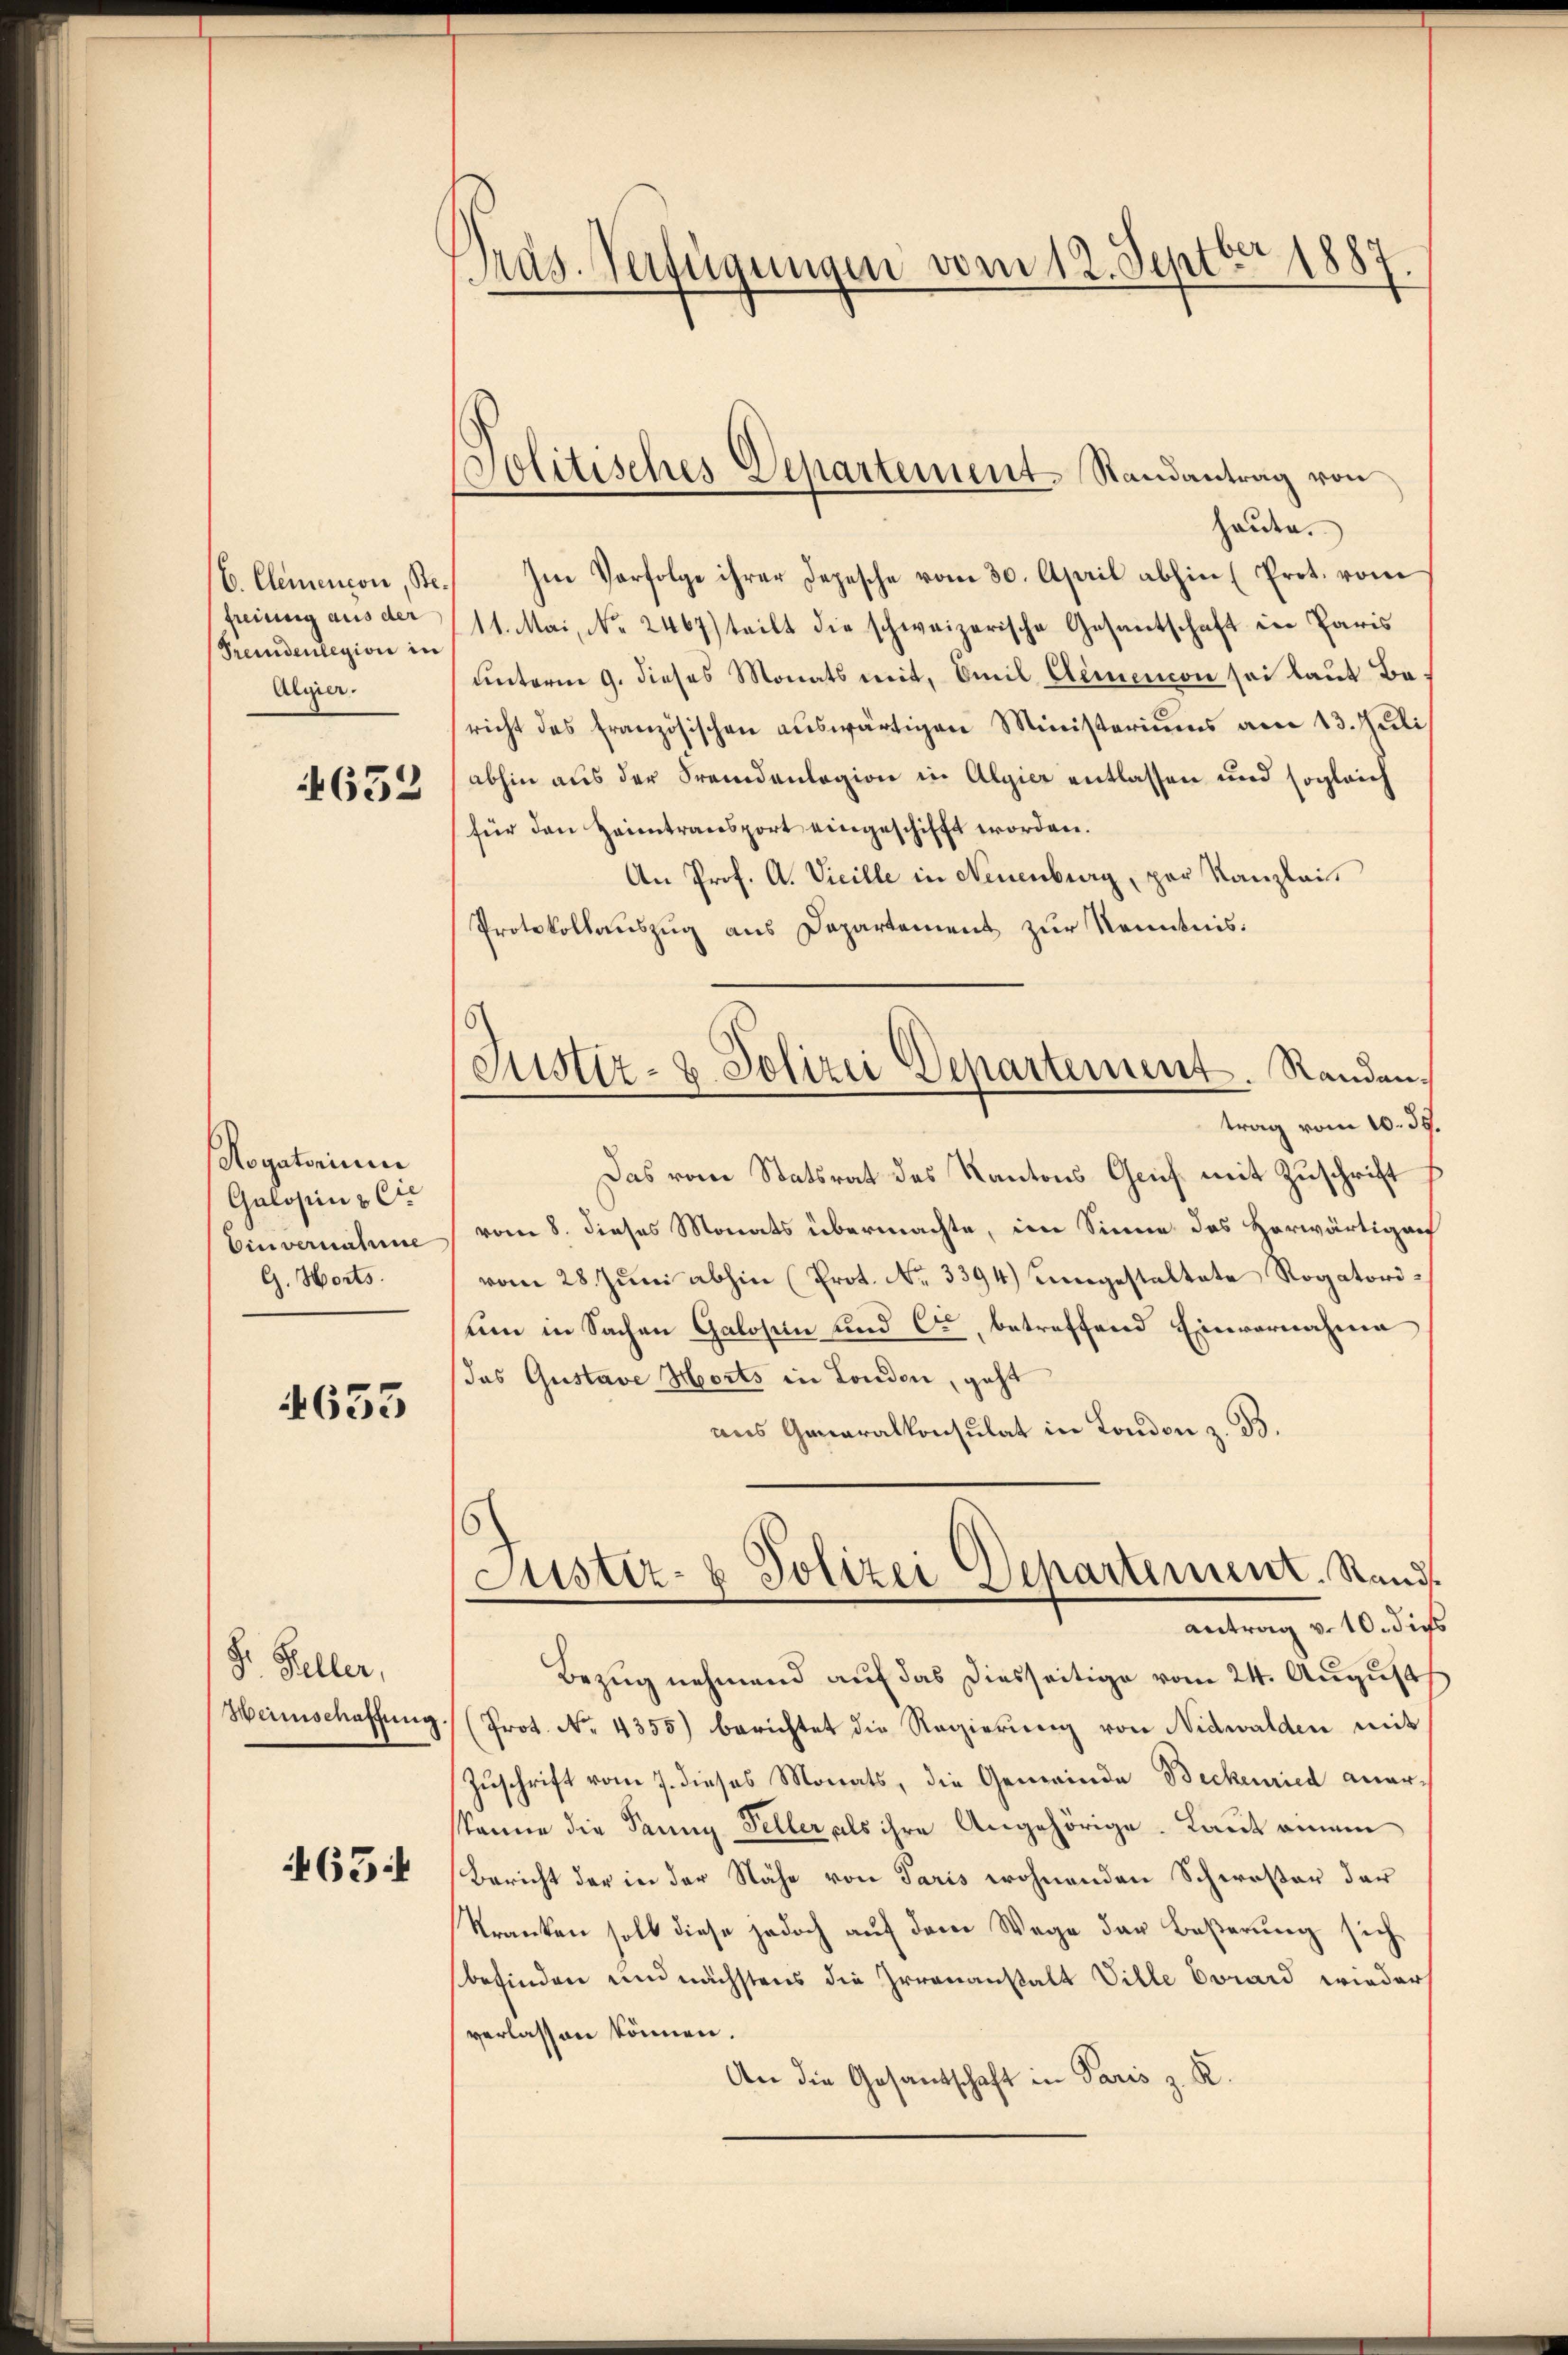
E. Clemencon, Be
freiung aus der
Premdenlegion in
Algier.

632

Rogatorium
Galosions C
binvernahme
G. Horts.

4633

Dr. Keller,
Weinschaffung

465

Pras. Verfügungen vom 12. Septbr. 1889

Politisches Departement-Randantrag von

heute.
Im Verfolge ihrer Depesche vom 30. April abhin (Prot. vom
11. Mai, No. 2467) teilt die schweizerische Gesantschaft in Paris
unterm 9. dieses Monats mit, Emil Elemencon sei laut Bericht des französischen auswärtigen Ministeriums am 13. Juli
abhin aus der Fremdenlagion in Algier entlassen und sogleich
für den Heimtransport eingeschifft worden.
An Prof. A. Vicille in Neuenburg, par Kanzlei
Protokollauszug aus Departement zur Kenntnis:
Das vom Statsrat des Kantons Genf mit Zuschrift
vom 8. dieses Monats übermachte, im Sinne des Horwärtigun
vom 28. Jŭni abhin (Prot. No. 3394) Eingestaltete Rogatorisum in Sachen Galosen und Cann, betreffend Einvernahme
das Gustave Horts in Londen, geht
aus Generalkonsulat in London z. B.
Justiz- & Polizei Separtement. Rand
antrag v. 10. die
Bezug nehmend auf das Diesseitige vom 24. August
 (Prot. No. 4355) berichtet die Regierung von Nidwalden mit
Zuschrift vom 7. dieses Monats, die Gemeinde Beckenried anerskenne die Tanny Seller als ihre Angehörige. Laut einem
Bericht der in der Nähe von Paris wohnenden Schwester der
Kranken soll diese jedoch auf dem Wege der Beßerung sich
befinden und nächstens die Irrenanstalt Ville Evard wieder
verlassen können.
An die Gesandtschaft in Paris z. R.

Justiz- & Polizei Departement. Randan
trag vom 10. 39.